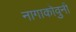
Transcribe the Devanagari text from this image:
नागाकोवुनी